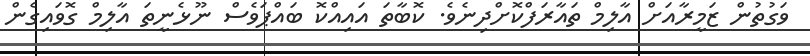
ވަގުތުން ޒަމީރާއަށް އާލިމް ތައާރަފްކޮށްދިނެވެ. ކޮބާތަ އައިއްކޮ ބައްޕަވެސް ނޫޅެނީތަ އާލިމް ގޮވައިގެން